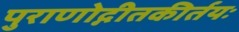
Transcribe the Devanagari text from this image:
पुराणोद्गीतकीर्तयः